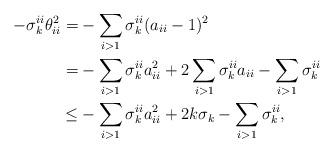
LaTeX: \begin{align*}-\sigma_k^{ii}\theta_{ii}^2=&-\sum_{i>1}\sigma_k^{ii}(a_{ii}-1)^2\\=&-\sum_{i>1}\sigma_k^{ii}a_{ii}^2+2\sum_{i>1}\sigma_k^{ii}a_{ii}-\sum_{i>1}\sigma_k^{ii}\\\le&-\sum_{i>1}\sigma_k^{ii}a_{ii}^2+2k\sigma_k-\sum_{i>1}\sigma_k^{ii},\end{align*}